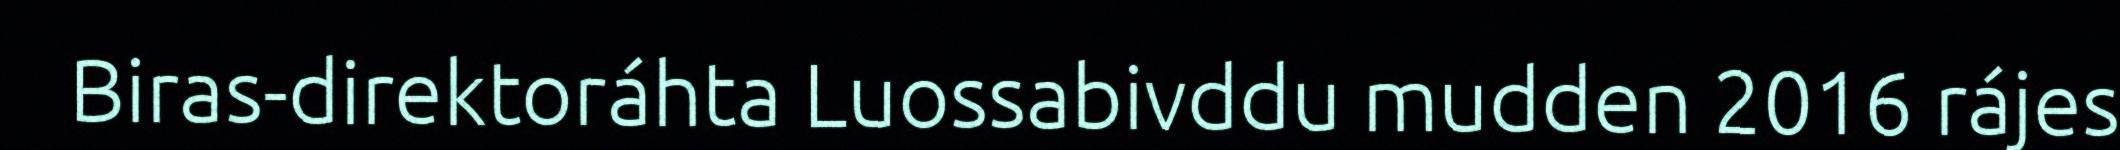
Biras-direktoráhta Luossabivddu mudden 2016 rájes